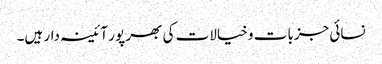
نسائی جزبات و خیالات کی بھر پور آئینہ دار ہیں۔